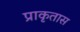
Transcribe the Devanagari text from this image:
प्राकृतास